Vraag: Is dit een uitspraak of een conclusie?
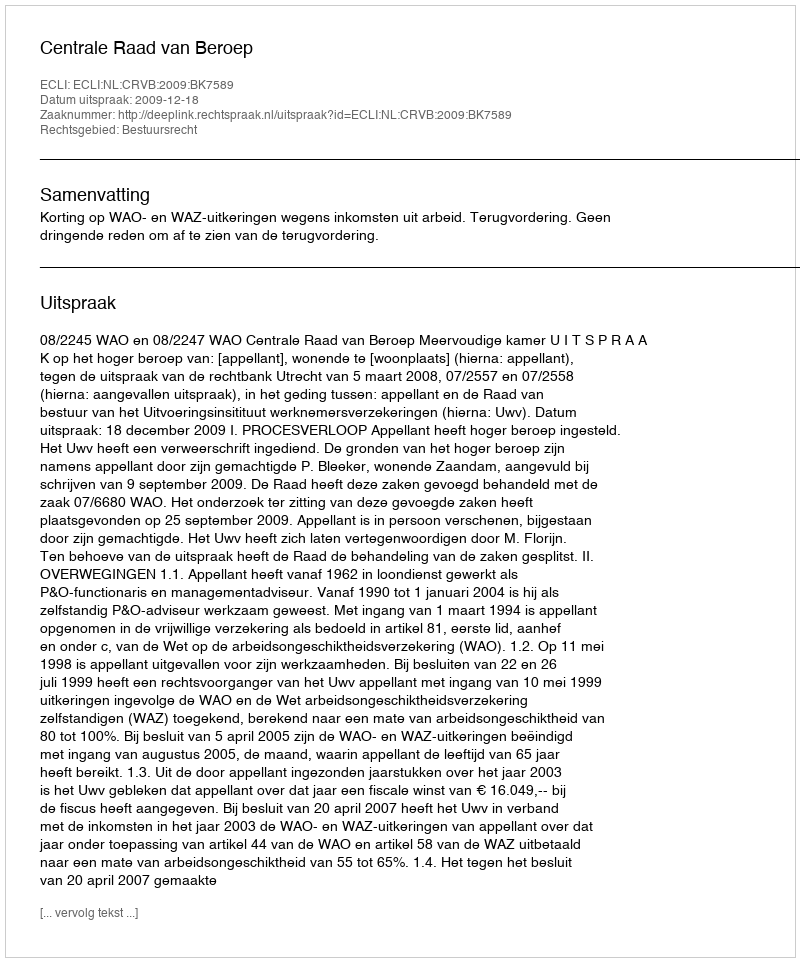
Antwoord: Uitspraak